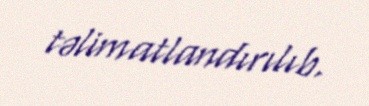
təlimatlandırılıb.